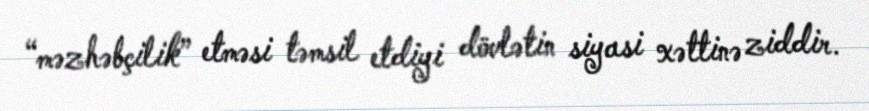
“məzhəbçilik” etməsi təmsil etdiyi dövlətin siyasi xəttinə ziddir.